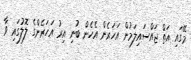
މޭގައި އަތް ޖައްސައިލަމުން އަހަރެން އެހެން ބުނި އިރު އަހަރެންގެ ލޮލުގައި ވާ